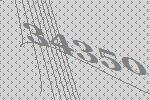
34350